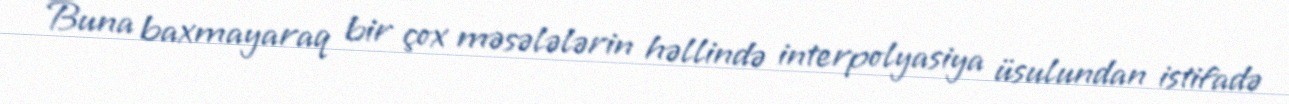
Buna baxmayaraq bir çox məsələlərin həllində interpolyasiya üsulundan istifadə